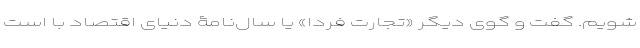
‌شویم. گفت و گوی دیگر «تجارت فردا» یا سال‌نامۀ دنیای اقتصاد با است